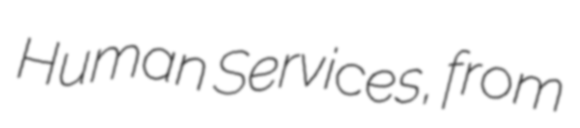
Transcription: Human Services, from